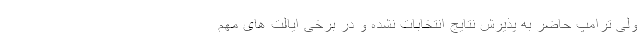
ولی ترامپ حاضر به پذیرش نتایج انتخابات نشده و در برخی ایالت های مهم